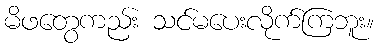
မိဖတွေကည်း သင်မပေးလိုက်ကြဘူး။